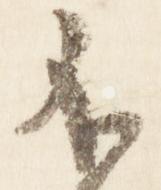
不